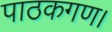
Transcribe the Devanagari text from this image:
पाठकगण।